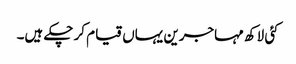
کئی لاکھ مہاجرین یہاں قیام کر چکے ہیں۔